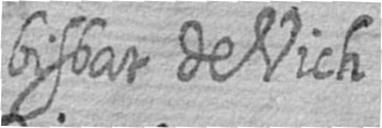
bisbat de Vich